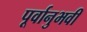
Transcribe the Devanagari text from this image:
पूर्वानुभवी